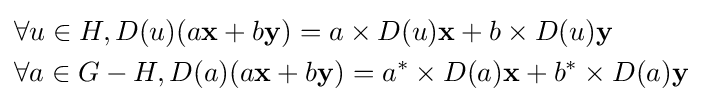
{\begin{aligned}&\forall u\in H,D(u)(a{\bf {x}}+b{\bf {y}})=a\times D(u){\bf {x}}+b\times D(u){\bf {y}}\\&\forall a\in G-H,D(a)(a{\bf {x}}+b{\bf {y}})=a^{*}\times D(a){\bf {x}}+b^{*}\times D(a){\bf {y}}\end{aligned}}